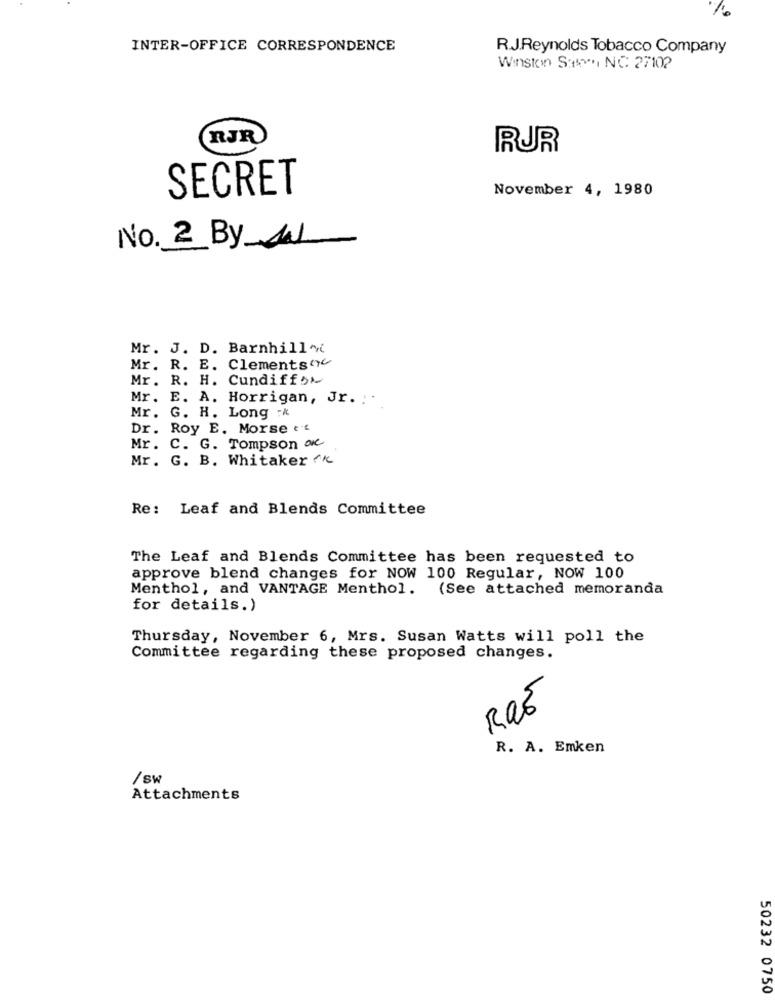
%
INTER-OFFICE CORRESPONDENCE
R.J.Reynolds Tobacco Company
Winston Stor, NC. 27102
RJR
RUR
SECRET
November 4, 1980
No. 2 By AN
Mr. J. D. Barnhill~
Mr. R. E. Clements()
Mr. R. H. Cundiff
Mr. E. A. Horrigan, Jr. . .
Mr.
G. H. Long -K
Dr.
Roy E. Morse e's
Mr. C. G. Tompson of
Mr. G. B. Whitaker **
Re: Leaf and Blends Committee
The Leaf and Blends Committee has been requested to
approve blend changes for NOW 100 Regular, NOW 100
Menthol, and VANTAGE Menthol. (See attached memoranda
for details.)
Thursday, November 6, Mrs. Susan Watts will poll the
Committee regarding these proposed changes.
R. A. Emken
/sw
Attachments
50232 0750